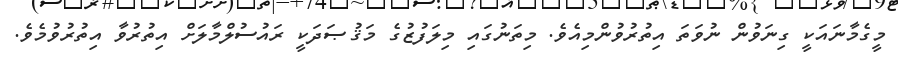
މީގެމާނައަކީ ގިނަވުން ނުވަތަ އިތުރުވުންމިއެވެ. މިތަނުގައި މިލަފުޒުގެ މަޤުޞަދަކީ ރައުސުލްމާލަށް އިތުރުވާ އިތުރުވުމެވެ.